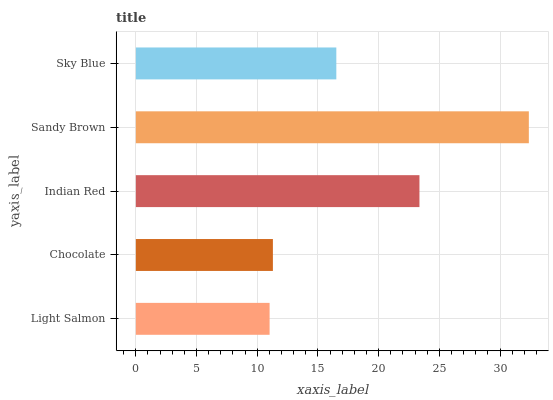
| yaxis_label | bars |
 | --- | --- |
 | Light Salmon | 11 |
 | Chocolate | 11.3 |
 | Indian Red | 23.4 |
 | Sandy Brown | 32.4 |
 | Sky Blue | 16.5 |